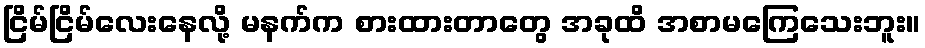
ငြိမ်ငြိမ်လေးနေလို့ မနက်က စားထားတာတွေ အခုထိ အစာမကြေသေးဘူး။